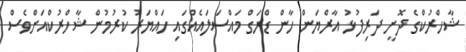
ޝާހްރުކްގެ ދޮށީ ދަރިފުޅު އާރްޔަން ހާން ޑްރަގް މައްސަލައެއްގައި ހައްޔަރު ކުރުމުން ޝާހްރުކްއަށްވެސް